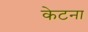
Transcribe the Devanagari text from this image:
केटना